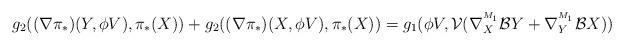
LaTeX: \begin{align*}g_{2}((\nabla \pi_{\ast})(Y,\phi V),\pi_{\ast}(X))+g_{2}((\nabla \pi_{\ast})(X,\phi V),\pi_{\ast}(X))&=g_{1}(\phi V,\mathcal{V}(\nabla^{^{M_1}}_{X}\mathcal{B}Y+\nabla^{^{M_1}}_{Y}\mathcal{B}X)) \end{align*}